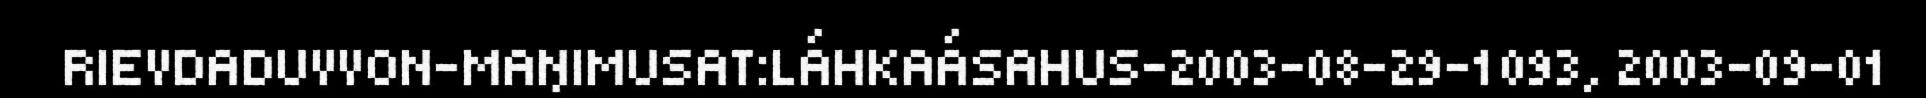
RIEVDADUVVON-MAŊIMUSAT:LÁHKAÁSAHUS-2003-08-29-1093, 2003-09-01